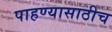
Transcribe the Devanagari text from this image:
पाहण्यासाठीच